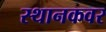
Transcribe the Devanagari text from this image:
स्थानकवर